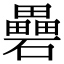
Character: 礨